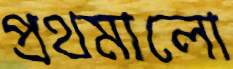
প্রথমালো